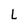
Character: L